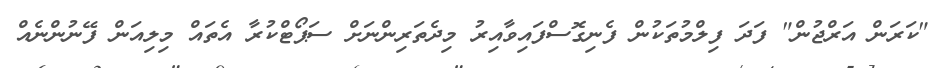
"ކަރަން އަރްޖުން" ފަދަ ފިލްމުތަކުން ފެނިގޮސްފައިވާއިރު މިދެތަރިންނަށް ސަޕޯޓްކުރާ އެތައް މިލިއަން ފޭނުންނެއް